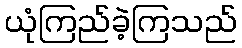
ယုံကြည်ခဲ့ကြသည်